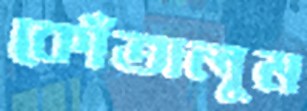
কোঁতালুম